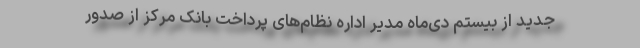
جدید از بیستم دی‌ماه مدیر اداره نظام‌های پرداخت بانک مرکز از صدور